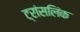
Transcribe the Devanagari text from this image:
ट्रांसलिंक